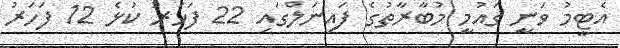
އެޓީމު ވަނީ ގައުމީ މުބާރާތުގެ ފައިނަލްގައި 22 ފަހަރު ކުޅެ 12 ފަހަރު